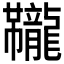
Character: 𫜱